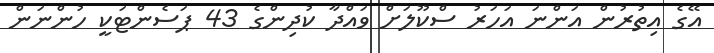
އޭގެ އިތުރުން އަންނަ އަހަރު ސްކޫލަށް ވައްދާ ކުދިންގެ 43 ޕަސެންޓަކީ ހުންނަން